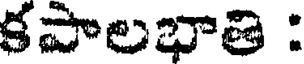
కపాలభాతి :